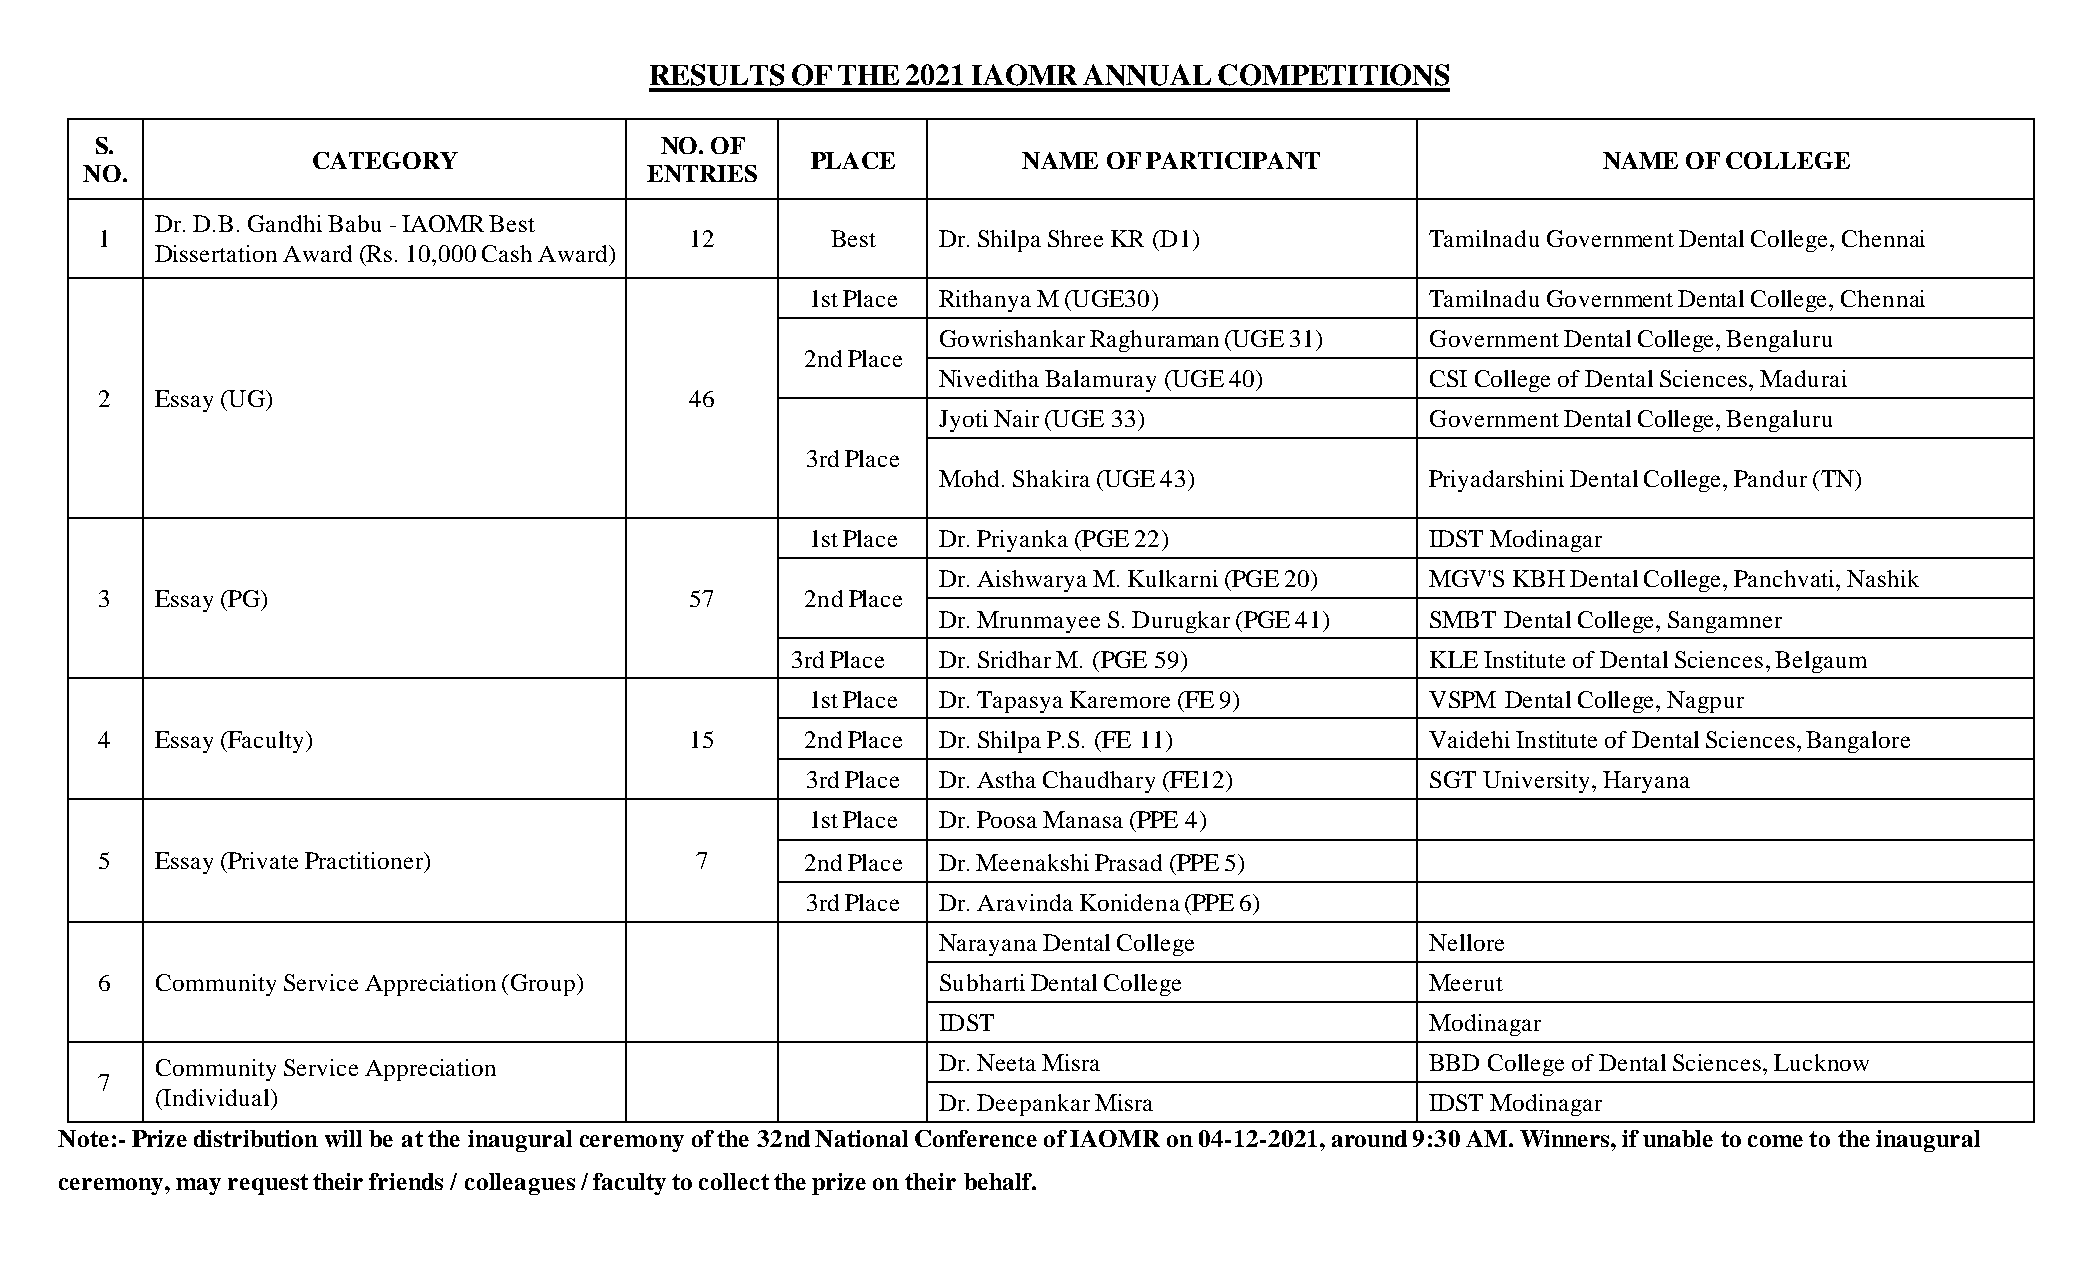
RESULTS  OF THE  2021 IAOMR  ANNUAL   COMPETITIONS
 S.                                    NO. OF
 CATEGORY                         PLACE         NAME OF PARTICIPANT                   NAME  OF COLLEGE
 NO.                                  ENTRIES
 Dr. D.B. Gandhi Babu - IAOMR Best
 1                                      12       Best   Dr. Shilpa Shree KR (D1)         Tamilnadu Government Dental College, Chennai
 Dissertation Award (Rs. 10,000 Cash Award)
 1st Place Rithanya M (UGE30)             Tamilnadu Government Dental College, Chennai
 Gowrishankar Raghuraman (UGE 31) Government Dental College, Bengaluru
 2nd Place
 Niveditha Balamuray (UGE 40)     CSI College of Dental Sciences, Madurai
 2  Essay (UG)                          46
 Jyoti Nair (UGE 33)              Government Dental College, Bengaluru
 3rd Place
 Mohd. Shakira (UGE 43)           Priyadarshini Dental College, Pandur (TN)
 1st Place Dr. Priyanka (PGE 22)          IDST Modinagar
 Dr. Aishwarya M. Kulkarni (PGE 20) MGV'S KBH Dental College, Panchvati, Nashik
 3  Essay (PG)                          57     2nd Place
 Dr. Mrunmayee S. Durugkar (PGE 41) SMBT Dental College, Sangamner
 3rd Place Dr. Sridhar M. (PGE 59)          KLE Institute of Dental Sciences, Belgaum
 1st Place Dr. Tapasya Karemore (FE 9)    VSPM Dental College, Nagpur
 4  Essay (Faculty)                     15     2nd Place Dr. Shilpa P.S. (FE 11)         Vaidehi Institute of Dental Sciences, Bangalore
 3rd Place Dr. Astha Chaudhary (FE12)      SGT University, Haryana
 1st Place Dr. Poosa Manasa (PPE 4)
 5  Essay (Private Practitioner)        7      2nd Place Dr. Meenakshi Prasad (PPE 5)
 3rd Place Dr. Aravinda Konidena (PPE 6)
 Narayana Dental College          Nellore
 6  Community Service Appreciation (Group)              Subharti Dental College          Meerut
 IDST                             Modinagar
 Community Service Appreciation                      Dr. Neeta Misra                  BBD College of Dental Sciences, Lucknow
 7
 (Individual)                                        Dr. Deepankar Misra              IDST Modinagar
 Note:- Prize distribution will be at the inaugural ceremony of the 32nd National Conference of IAOMR on 04-12-2021, around 9:30 AM. Winners, if unable to come to the inaugural
 ceremony, may request their friends / colleagues / faculty to collect the prize on their behalf.